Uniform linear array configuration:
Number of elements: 12
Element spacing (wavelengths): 0.5
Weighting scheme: uniform
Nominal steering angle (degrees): -15
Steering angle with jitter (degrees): -13.885
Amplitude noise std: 0.05
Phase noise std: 0.05

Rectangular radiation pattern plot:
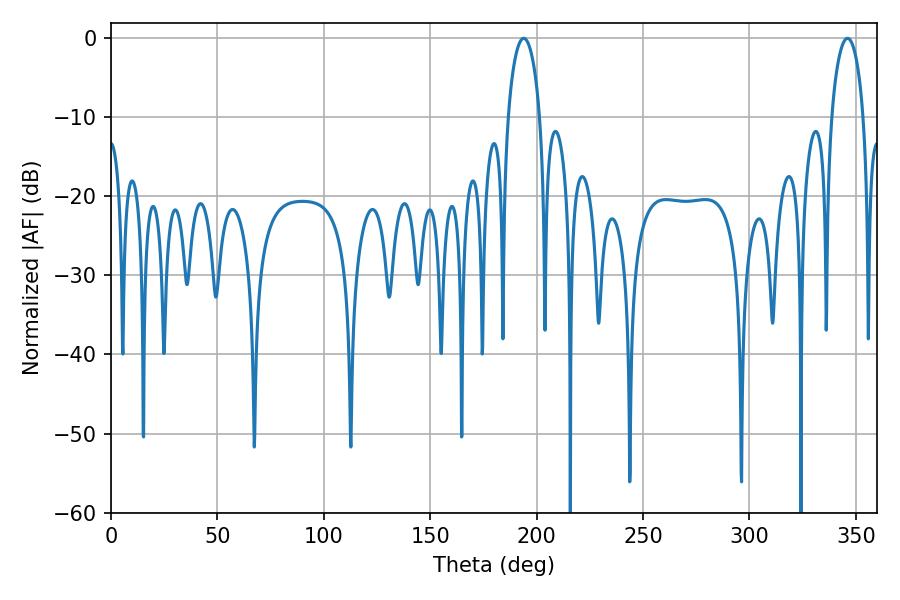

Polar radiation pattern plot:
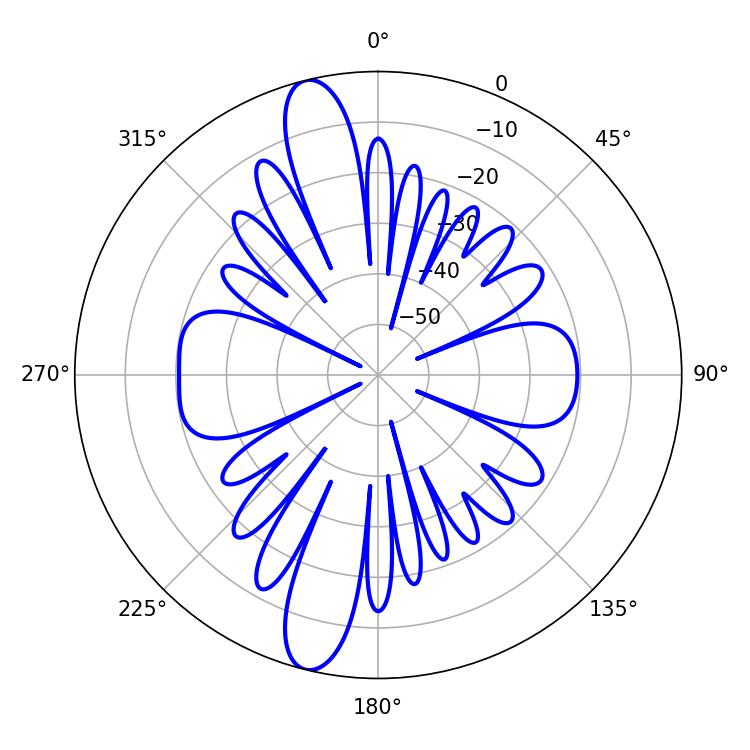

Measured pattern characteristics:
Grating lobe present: FALSE
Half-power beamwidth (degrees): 8.46
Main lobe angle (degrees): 193.86